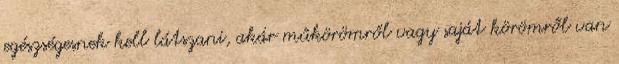
egészségesnek kell látszani, akár műkörömről vagy saját körömről van